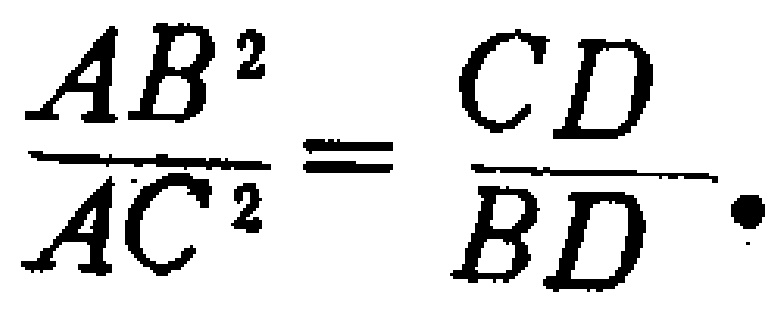
$\frac{AB^{2}}{AC^{2}}=\frac{CD}{BD}.$